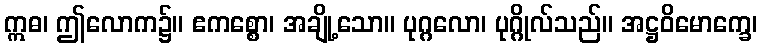
ဣဓ၊ ဤလောက၌။ ဧကစ္စော၊ အချို့သော။ ပုဂ္ဂလော၊ ပုဂ္ဂိုလ်သည်။ အဋ္ဌဝိမောက္ခေ၊